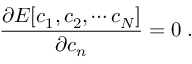
\frac { \partial E [ c _ { 1 } , c _ { 2 } , \cdots c _ { N } ] } { \partial c _ { n } } = 0 \; .